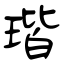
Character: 瑎